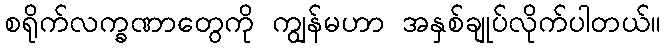
စရိုက်လက္ခဏာတွေကို ကျွန်မဟာ အနှစ်ချုပ်လိုက်ပါတယ်။